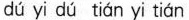
dú yi dú tián yi tián